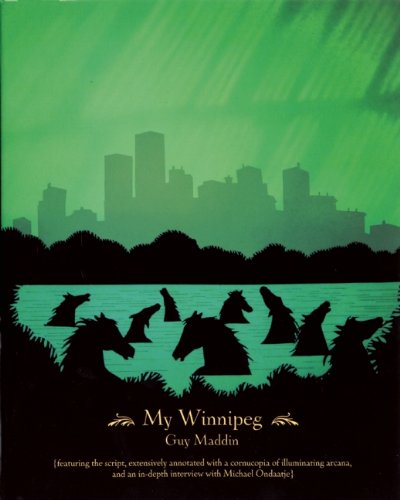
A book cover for My Winnipeg; Guy Maddin; Biographies & Memoirs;